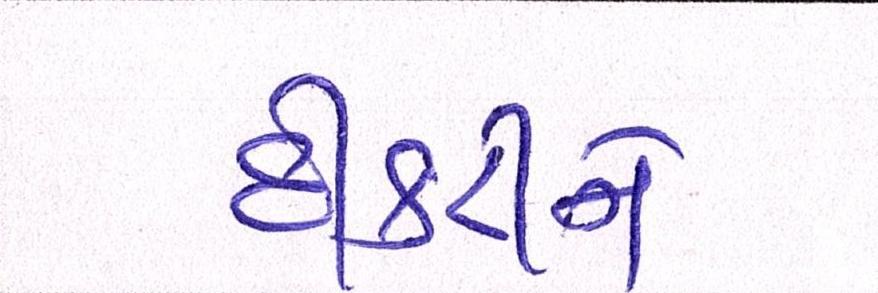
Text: દીકરીને